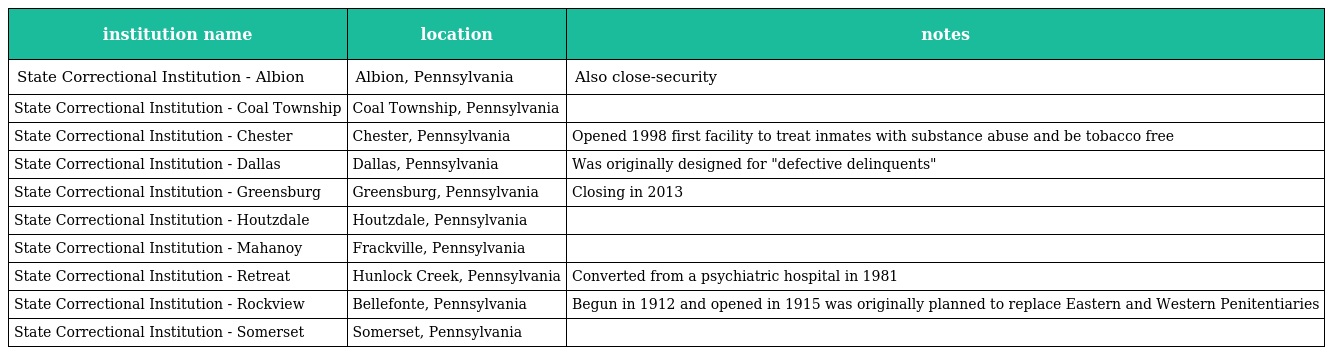
| institution name | location | notes |
 | --- | --- | --- |
 | State Correctional Institution - Albion | Albion, Pennsylvania | Also close-security |
 | State Correctional Institution - Coal Township | Coal Township, Pennsylvania |  |
 | State Correctional Institution - Chester | Chester, Pennsylvania | Opened 1998 first facility to treat inmates with substance abuse and be tobacco free |
 | State Correctional Institution - Dallas | Dallas, Pennsylvania | Was originally designed for "defective delinquents" |
 | State Correctional Institution - Greensburg | Greensburg, Pennsylvania | Closing in 2013 |
 | State Correctional Institution - Houtzdale | Houtzdale, Pennsylvania |  |
 | State Correctional Institution - Mahanoy | Frackville, Pennsylvania |  |
 | State Correctional Institution - Retreat | Hunlock Creek, Pennsylvania | Converted from a psychiatric hospital in 1981 |
 | State Correctional Institution - Rockview | Bellefonte, Pennsylvania | Begun in 1912 and opened in 1915 was originally planned to replace Eastern and Western Penitentiaries |
 | State Correctional Institution - Somerset | Somerset, Pennsylvania |  |